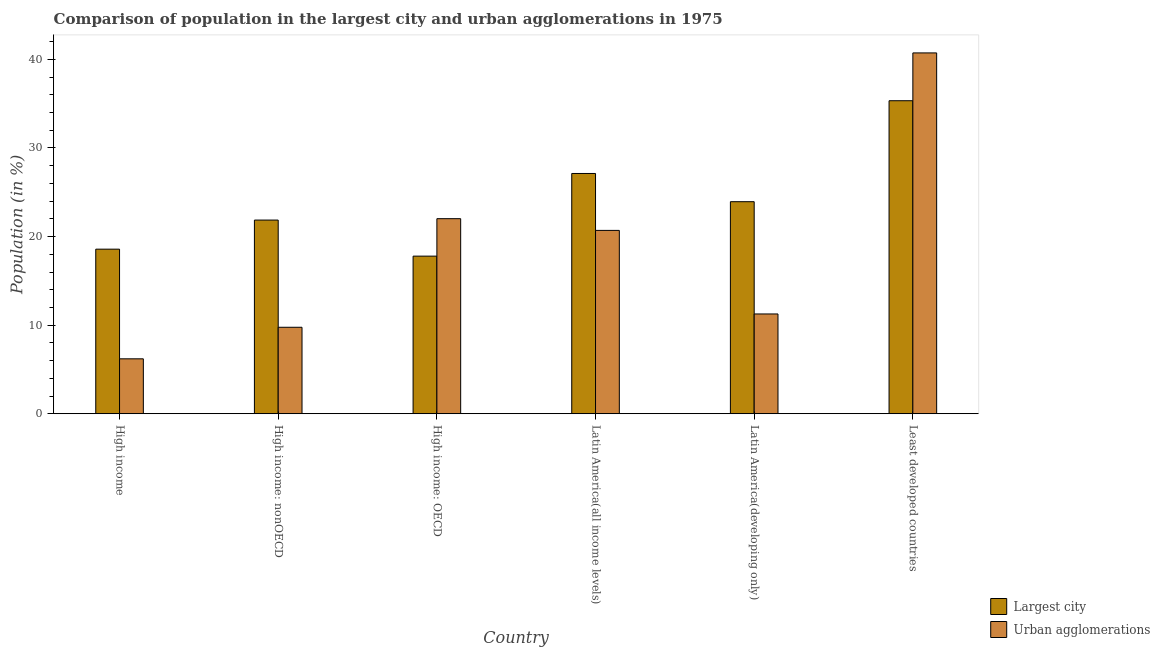
| Country | Largest city | Urban agglomerations |
 | --- | --- | --- |
 | High income | 18.6 | 6.2 |
 | High income: nonOECD | 21.9 | 9.76 |
 | High income: OECD | 17.8 | 22 |
 | Latin America(all income levels) | 27.1 | 20.7 |
 | Latin America(developing only) | 23.9 | 11.3 |
 | Least developed countries | 35.3 | 40.7 |